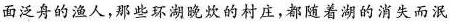
面泛舟的渔人，那些环湖晚炊的村庄，都随着湖的消失而泯